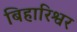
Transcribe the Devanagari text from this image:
बिहारिश्वर